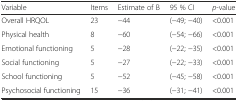
| Variable | Items | Estimate of B | 95 % CI | p-value |
 | --- | --- | --- | --- | --- |
 | Overall HRQOL | 23 | −44 | (−49; −40) | <0.001 |
 | Physical health | 8 | −60 | (−54; −66) | <0.001 |
 | Emotional functioning | 5 | −28 | (−22; −35) | <0.001 |
 | Social functioning | 5 | −27 | (−22; −33) | <0.001 |
 | School functioning | 5 | −52 | (−45; −58) | <0.001 |
 | Psychosocial functioning | 15 | −36 | (−31; −41) | <0.001 |